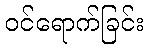
ဝင်ရောက်ခြင်း